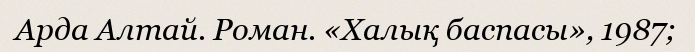
Арда Алтай. Роман. «Халық баспасы», 1987;